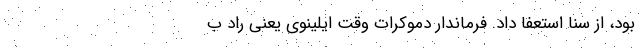
بود، از سنا استعفا داد. فرماندار دموکراتِ وقت ایلینوی یعنی راد بِ